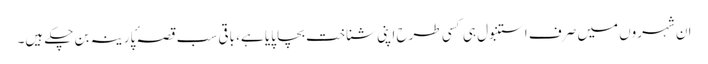
ان شہروں میں صرف استنبول ہی کسی طرح اپنی شناخت بچا پایا ہے، باقی سب قصہ ٔپارینہ بن چکے ہیں۔